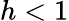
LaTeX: h<1